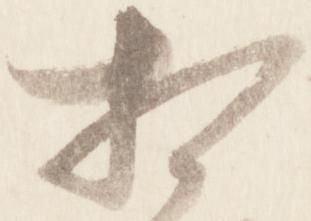
相